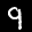
Label: 9